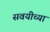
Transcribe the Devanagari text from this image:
सवयीच्या